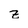
Character: Z